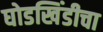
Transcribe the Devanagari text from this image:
घोडखिंडीचा